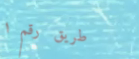
طريق رقم ١